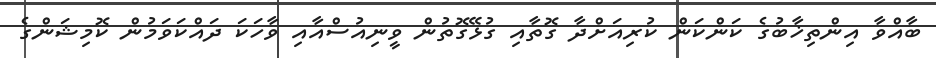
ބާއްވާ އިންތިޚާބުގެ ކަންކަން ކުރިއަށްދާ ގޮތާއި ގުޅޭގޮތުން ވީނިއުސްއާއި ވާހަކަ ދައްކަވަމުން ކޮމިޝަންގެ